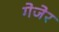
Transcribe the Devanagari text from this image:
गेजेर